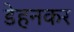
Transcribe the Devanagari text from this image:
डेहनकर